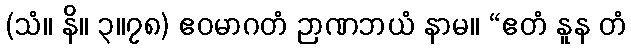
(သံ။ နိ။ ၃။၇၈) ဧဝမာဂတံ ဉာဏဘယံ နာမ။ “ဧတံ နူန တံ